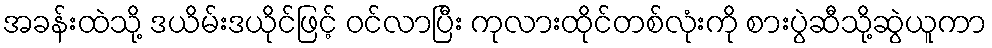
အခန်းထဲသို့ ဒယိမ်းဒယိုင်ဖြင့် ဝင်လာပြီး ကုလားထိုင်တစ်လုံးကို စားပွဲဆီသို့ဆွဲယူကာ